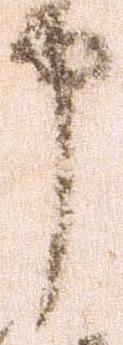
申